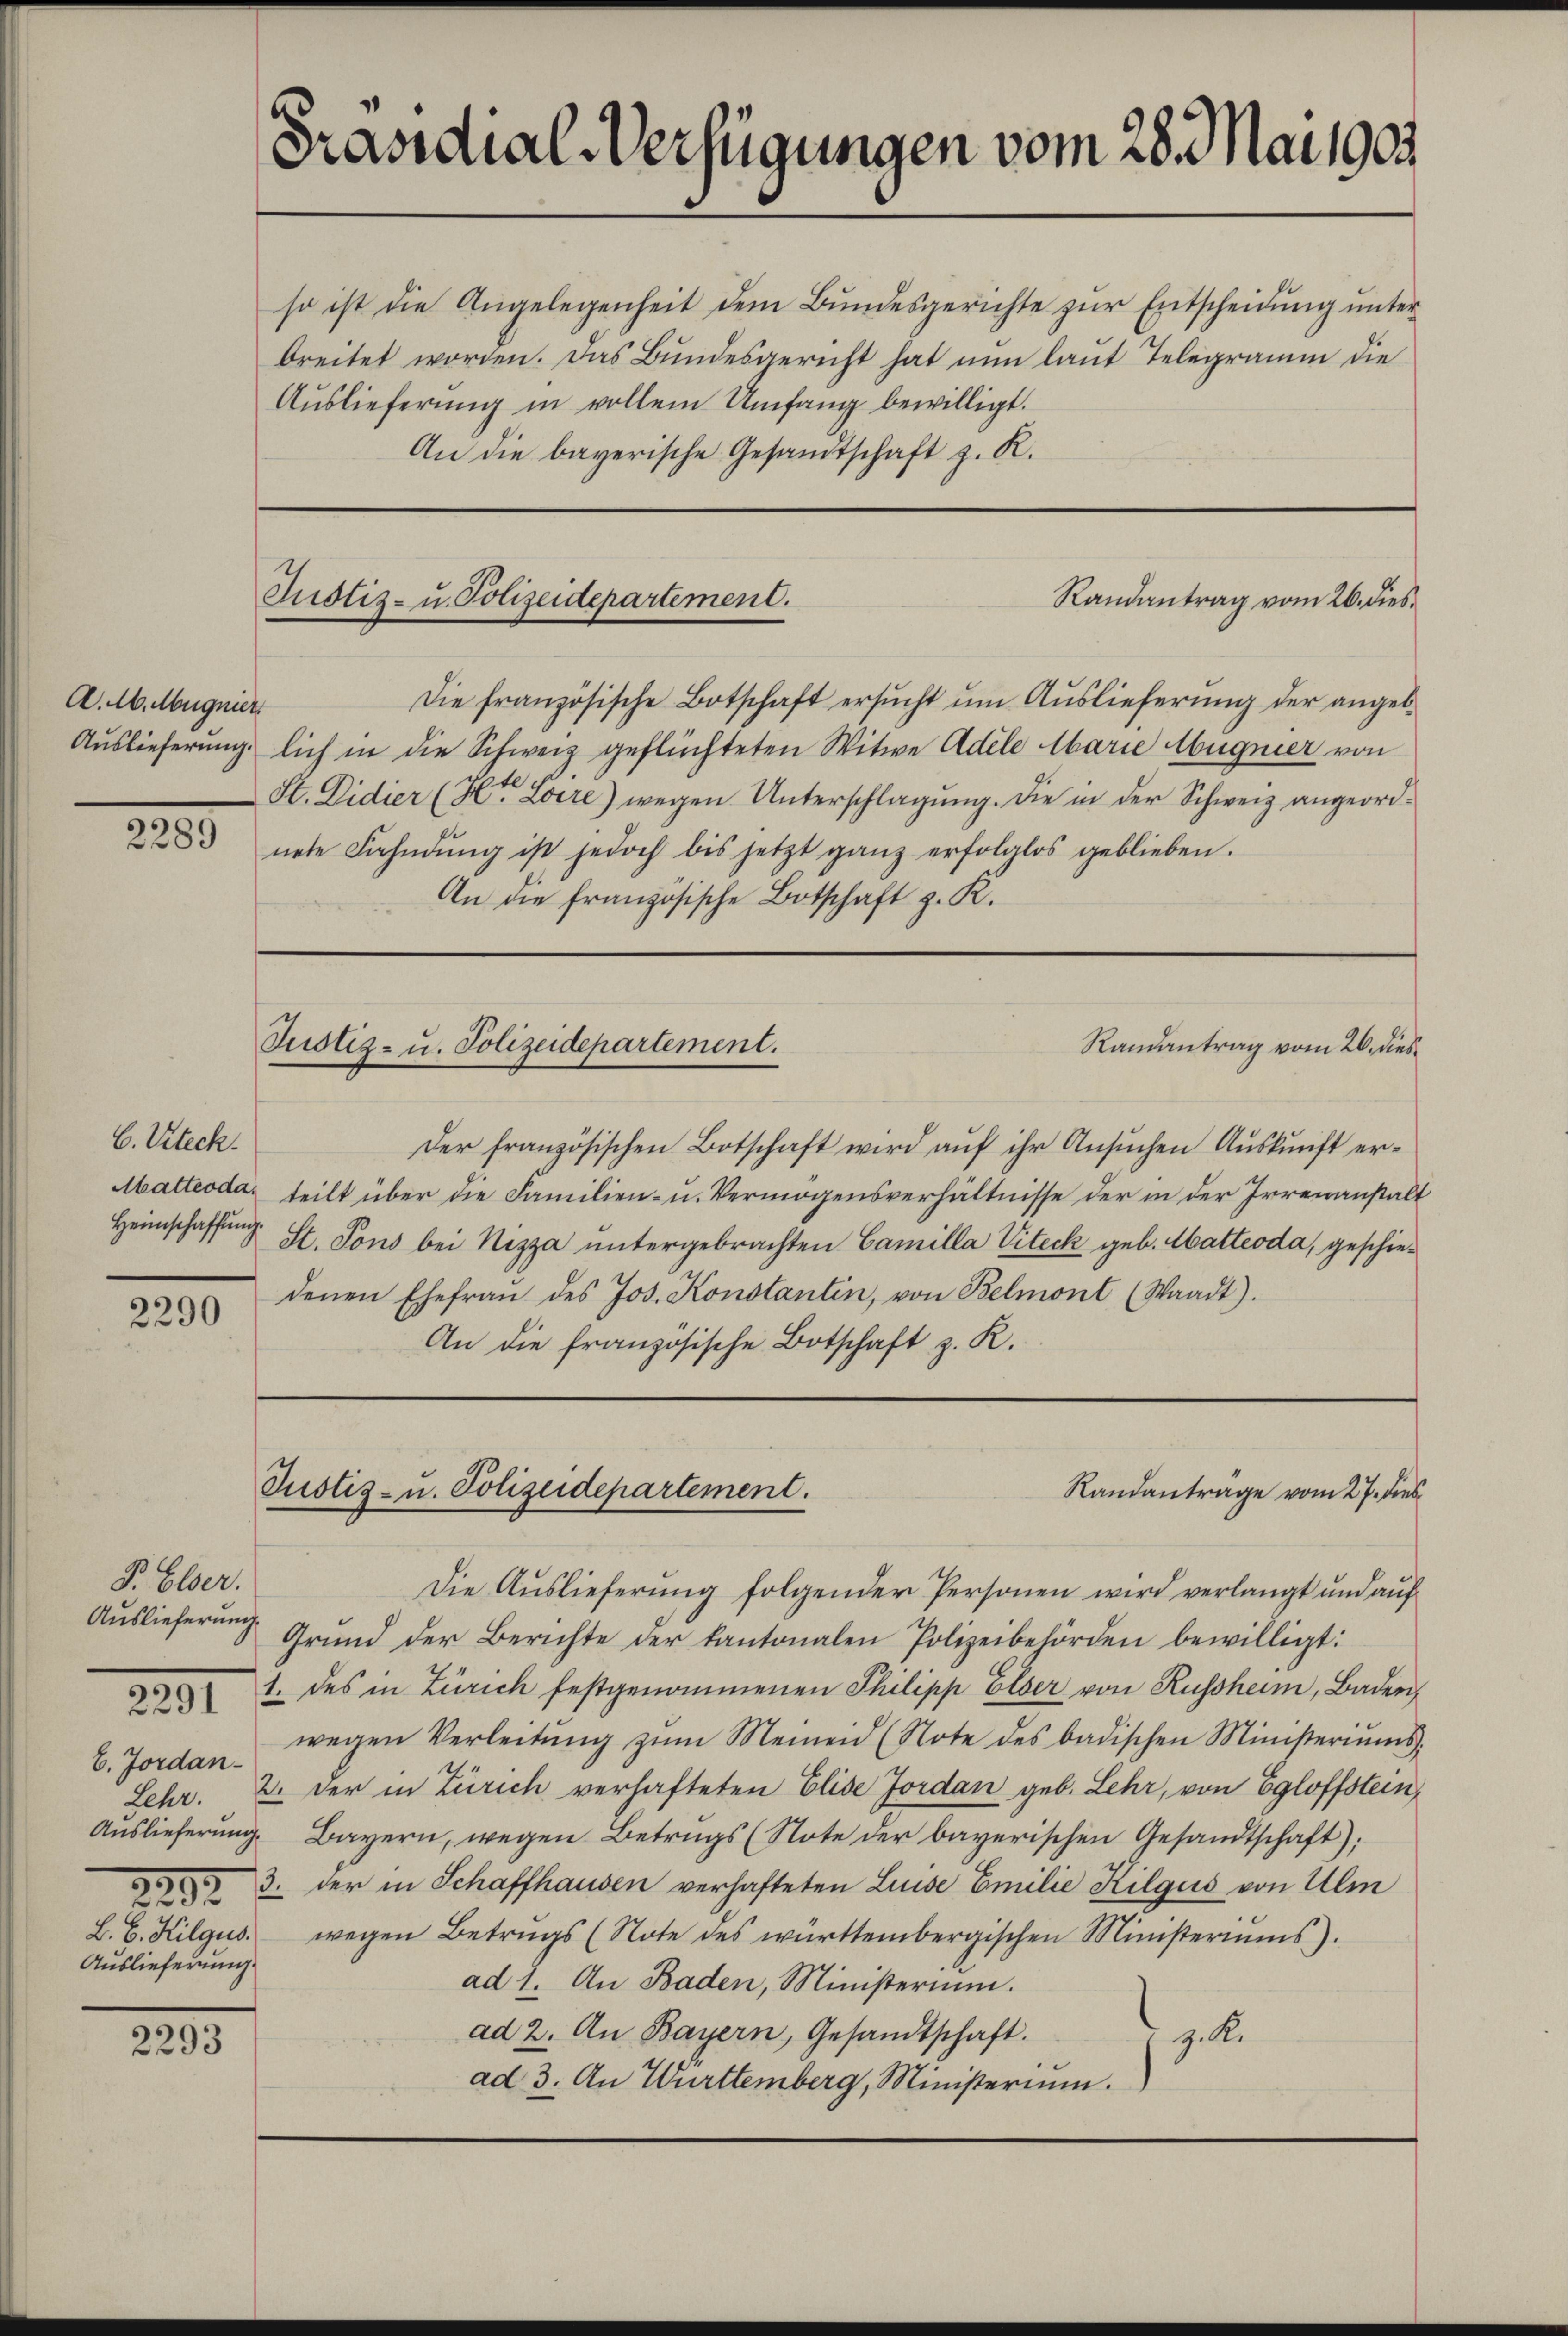
A. 1. Magnier
Auslieferung.

2200

C. Vteck.
Matteoda¬

2290

P. Elser.
Auslieferung.
b. Jordan¬
Auslieferung.
22.
2
L. E. Kilgus.
Auslieferung.

2291

2293

Präsidial-Verfügungen vom 28. Mai 1903.

so ist die Angelegenheit dem Bundesgerichte zur Entscheidung unter
breitet worden. Das Bundesgericht hat nun laut Telegramm die
Aŭslieferŭng in vollem Umfang bewilligt.
An die bayerische Gesandtschaft z. R.

Randantrag vom 26. dies¬
Justiz- u. Polizeidepartement.

Die französische Botschaft ersucht um Auslieferung der angelf
lich in die Schweiz geflüchteten Witwe Adele Abarie Abugnier von
St. Didier (Hr. Loere) wegen Unterschlagung. Die in der Schweiz angeordnete Fahndŭng ist jedoch bis jetzt ganz erfolglos geblieben.
An die französische Botschaft z. K.

Justiz- u. Polizeidepartement.
Randantrag vom 26. dies

Justiz- u. Polizeidepartement.

Der französischen Botschaft wird aŭf ihr Ansuchen Auskunft erteilt über die Familien- u. Vermögensverhältnisse der in der Irrenanstalt
Heimschaffŭng St. Pons bei Nizza ŭntergebrachten Camilla Viteck geb. Abatteoda, geschiedenen Ehefraŭ des Jos. Konstantin, von Belmont (Waadt).
An die französische Botschaft z. K.

Die Auslieferung folgender Personen wird verlangt und auf
Grŭnd der Berichte der kantonalen Polizeibehörden bewilligt:
1. des in Zürich festgenommenen Philipp Elser von Russheim, Baden,
wegen Verleitŭng zŭm Meinend (Note des badischen Ministeriŭms.
Lehr. 2. der in Zürich verhafteten Elide Jordan geb. Lehr, von Egloffstein,
Bayern, wegen Betrugs (Note der bayerischen Gesandtschaft);
3. der in Schaffhausen verhafteten Luise Emilie Kilgus von Ulm
wegen Betrugs (Note des württembergischen Ministeriums.
ad 1. An Baden, Ministerium.
ad 2. An Bayern, Gesandtschaft.
z. R.
ad 3. An Württemberg, Ministerium.

Randanträge vom 27. dies